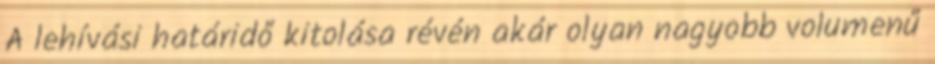
A lehívási határidő kitolása révén akár olyan nagyobb volumenű